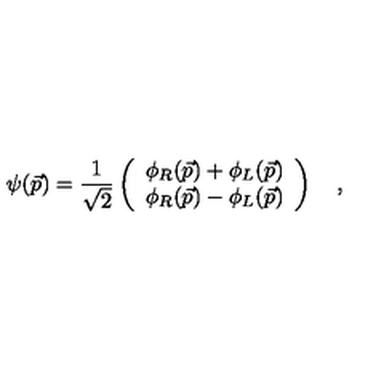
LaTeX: \psi ( \vec { p } ) = { \frac { 1 } { \sqrt { 2 } } } \left( \begin{array} { c c } { \phi _ { R } ( \vec { p } ) + \phi _ { L } ( \vec { p } ) } \\ { \phi _ { R } ( \vec { p } ) - \phi _ { L } ( \vec { p } ) } \\ \end{array} \right) \quad ,